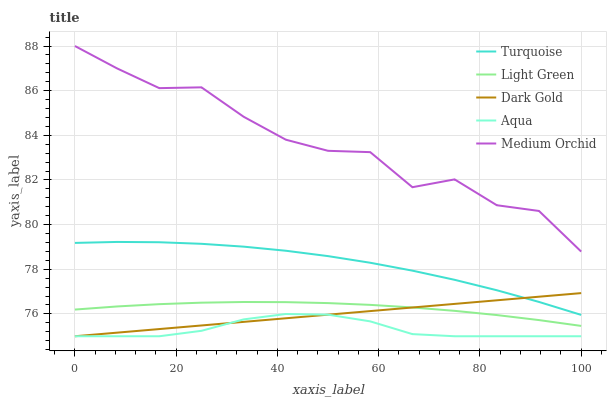
| xaxis_label | Turquoise | Light Green | Dark Gold | Aqua | Medium Orchid |
 | --- | --- | --- | --- | --- | --- |
 | 0 | 79.2 | 76.2 | 75 | 75 | 88 |
 | 8.33 | 79.2 | 76.3 | 75.2 | 75 | 87 |
 | 16.7 | 79.2 | 76.4 | 75.3 | 75 | 86.1 |
 | 25 | 79.1 | 76.5 | 75.5 | 75.2 | 86.1 |
 | 33.3 | 79 | 76.5 | 75.6 | 75.8 | 84.8 |
 | 41.7 | 78.8 | 76.5 | 75.8 | 76 | 83.8 |
 | 50 | 78.6 | 76.5 | 76 | 76 | 83.3 |
 | 58.3 | 78.3 | 76.4 | 76.1 | 75.7 | 83.2 |
 | 66.7 | 77.9 | 76.3 | 76.3 | 75.1 | 81.7 |
 | 75 | 77.5 | 76.1 | 76.4 | 75 | 82 |
 | 83.3 | 77.1 | 75.9 | 76.6 | 75 | 80.9 |
 | 91.7 | 76.5 | 75.7 | 76.8 | 75 | 80.6 |
 | 100 | 76 | 75.5 | 76.9 | 75 | 78.8 |